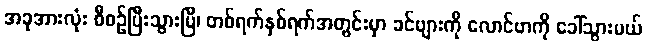
အခုအားလုံး စီစဉ်ပြီးသွားပြီ၊ တစ်ရက်နှစ်ရက်အတွင်းမှာ ခင်ဗျားကို လောင်ဗာကို ခေါ်သွားမယ်